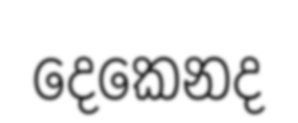
දෙකෙනද